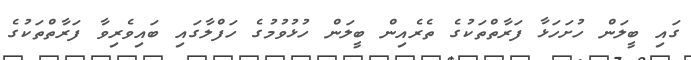
ގައި ބީލަން ހުށަހަޅާ ފަރާތްތަކުގެ ތެރެއިން ބީލަން ހުޅުވުމުގެ ހަފްލާގައި ބައިވެރިވާ ފަރާތްތަކުގެ